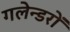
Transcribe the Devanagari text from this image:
गलेन्डरों